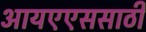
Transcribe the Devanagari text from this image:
आयएएससाठी